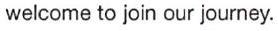
welcome to join our journey.